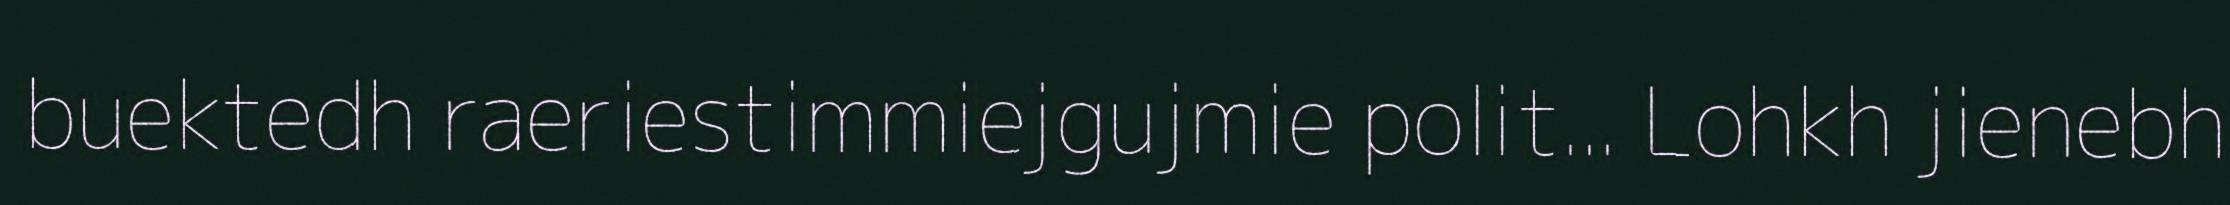
buektedh raeriestimmiejgujmie polit... Lohkh jienebh